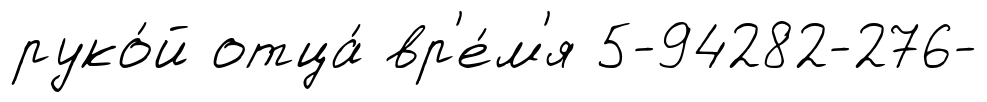
руко́й отца́ вр'е́м'я 5-94282-276-